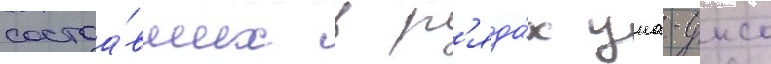
состоа́вших в р'яда́х уна-унсо